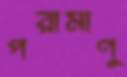
পরামাণু